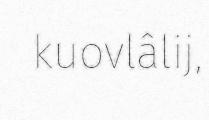
kuovlâlij,